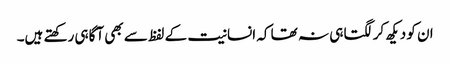
ان کو دیکھ کر لگتا ہی نہ تھا کہ انسانیت کے لفظ سے بھی آگاہی رکھتے ہیں۔